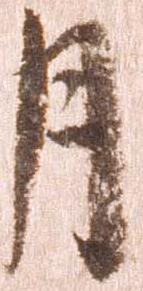
月